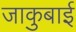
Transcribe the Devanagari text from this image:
जाकुबाई